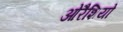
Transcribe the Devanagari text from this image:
ओरैशियो